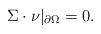
LaTeX: \begin{align*} \Sigma\cdot\nu|_{\partial \Omega}=0. \end{align*}